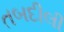
તબદીલી